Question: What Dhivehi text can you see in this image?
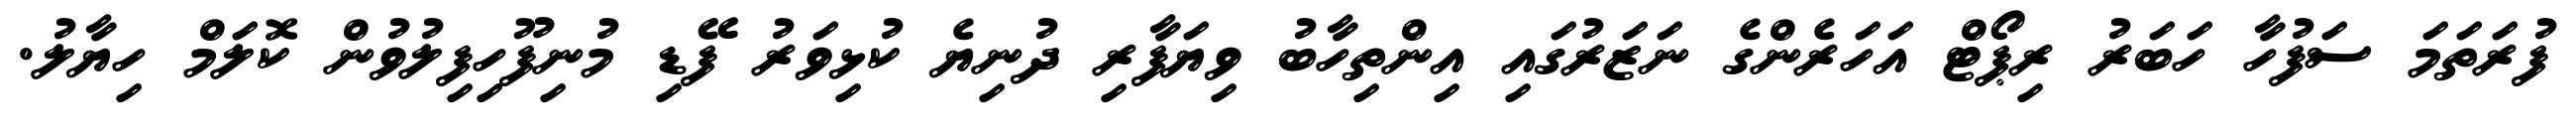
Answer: ފުރަތަމަ ސަފުހާ ހަބަރު ރިޕޯޓް އަހަރެންގެ ނަޒަރުގައި އިންތިހާބު ވިޔަފާރި ދުނިޔެ ކުޅިވަރު ފޭޑި މުނިފޫހިފިލުވުން ކޮލަމް ހިޔާލު.